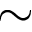
\sim